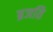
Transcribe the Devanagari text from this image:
ब्रजति